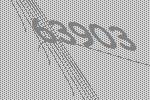
63903